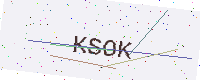
Text: KSOK